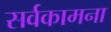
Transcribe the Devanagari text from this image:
सर्वकामना